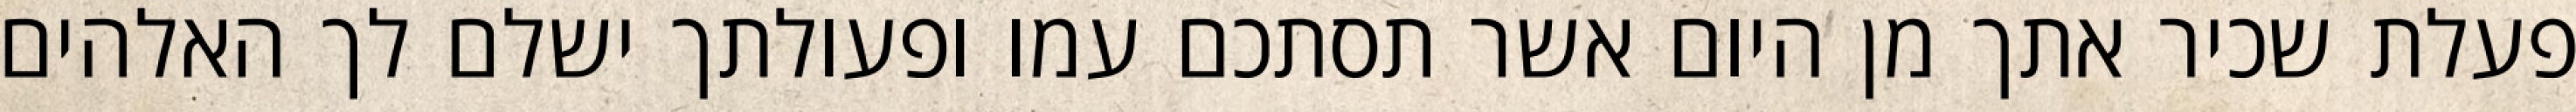
פעלת שכיר אתך מן היום אשר תסתכם עמו ופעולתך ישלם לך האלהים